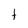
Character: t